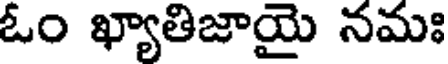
ఓం ఖ్యాతిజాయై నమః